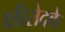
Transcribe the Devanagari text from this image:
क्षीरोदके